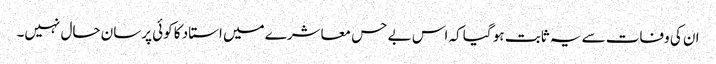
ان کی وفات سے یہ ثابت ہو گیا کہ اس بے حس معاشرے میں استاد کا کوئی پرسان حال نہیں۔